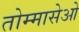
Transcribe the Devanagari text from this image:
तोम्मासेओ